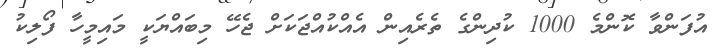
އުފަންވާ ކޮންމެ 1000 ކުދިންގެ ތެރެއިން އެއްކުއްޖަކަށް ޖެހޭ މިބައްޔަކީ މައިމީހާ ފޯލިކު